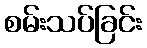
စမ်းသပ်ခြင်း